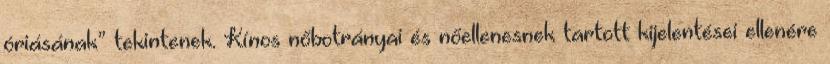
óriásának” tekintenek. Kínos nőbotrányai és nőellenesnek tartott kijelentései ellenére